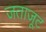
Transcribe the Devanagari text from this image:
जताजूट